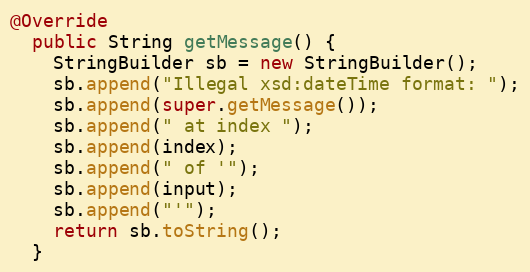
Language: Java
@Override
  public String getMessage() {
    StringBuilder sb = new StringBuilder();
    sb.append("Illegal xsd:dateTime format: ");
    sb.append(super.getMessage());
    sb.append(" at index ");
    sb.append(index);
    sb.append(" of '");
    sb.append(input);
    sb.append("'");
    return sb.toString();
  }